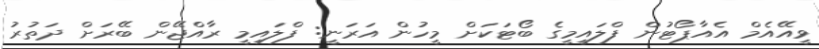
ވީއޭއެމް އެއާޕޯޓުން ފްލައީމީގެ ބޯޓަކަށް މީހުން އަރަނީ: ފްލައިމީ ރާއްޖޭން ބޭރަށް ދަތުރު